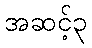
အဆင့်၃